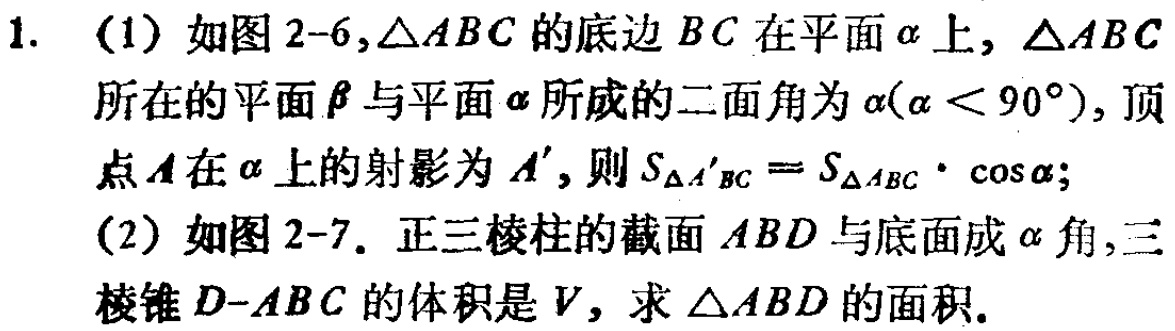
1. (1) 如图2-6,$\triangle ABC$的底边$BC$在平面$\alpha$上,$\triangle ABC$所在的平面$\beta$与平面$\alpha$所成的二面角为$\alpha(\alpha < 90^{\circ})$, 顶点$A$在$\alpha$上的射影为$A'$, 则$S_{\triangle A'BC}=S_{\triangle ABC}\cdot\cos\alpha$;
(2) 如图2-7. 正三棱柱的截面$ABD$与底面成$\alpha$角,三棱锥$D - ABC$的体积是$V$, 求$\triangle ABD$的面积.